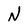
Character: N